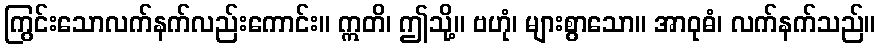
ကြွင်းသောလက်နက်လည်းကောင်း။ ဣတိ၊ ဤသို့။ ဗဟုံ၊ များစွာသော။ အာဝုဓံ၊ လက်နက်သည်။